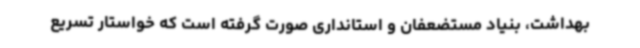
بهداشت، بنیاد مستضعفان و استانداری صورت گرفته است که خواستار تسریع